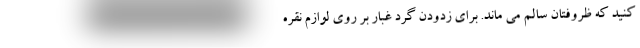
کنید که ظروفتان سالم می ماند. برای زدودن گرد غبار بر روی لوازم نقره